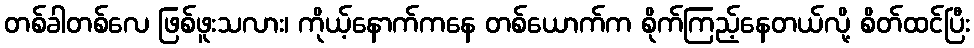
တစ်ခါတစ်လေ ဖြစ်ဖူးသလား၊ ကိုယ့်နောက်ကနေ တစ်ယောက်က စိုက်ကြည့်နေတယ်လို့ စိတ်ထင်ပြီး